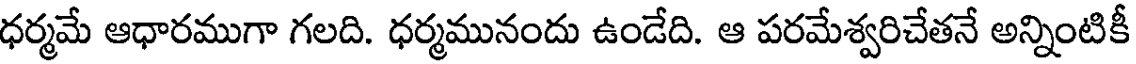
ధర్మమే ఆధారముగా గలది. ధర్మమునందు ఉండేది. ఆ పరమేశ్వరిచేతనే అన్నింటికీ